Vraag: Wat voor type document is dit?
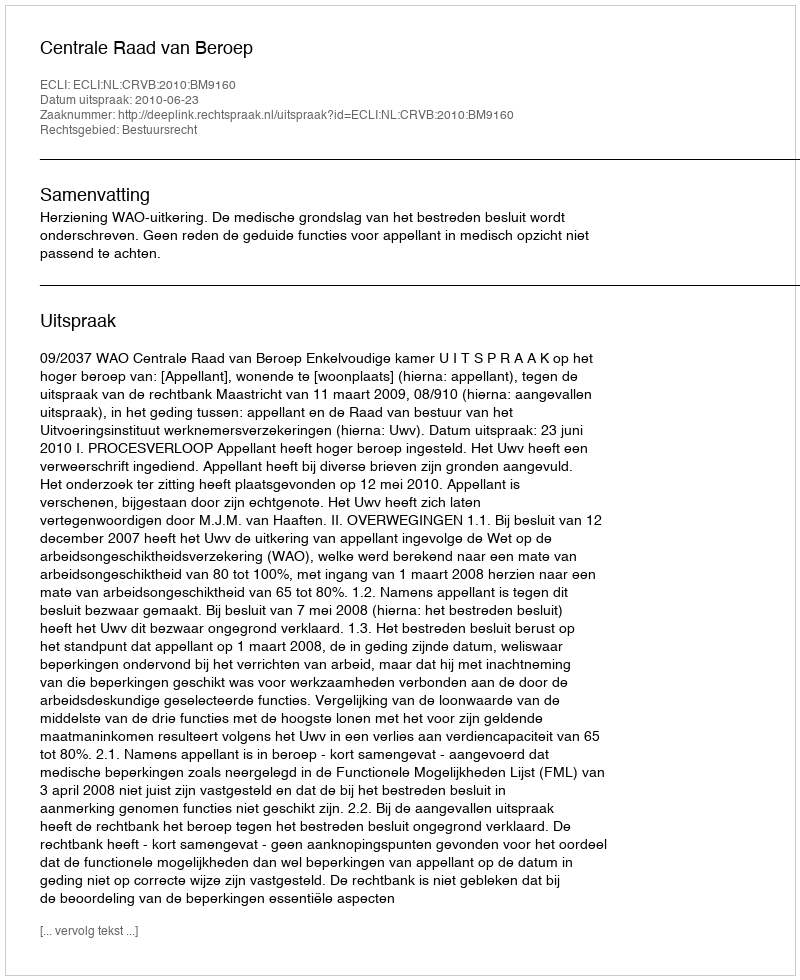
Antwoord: Uitspraak